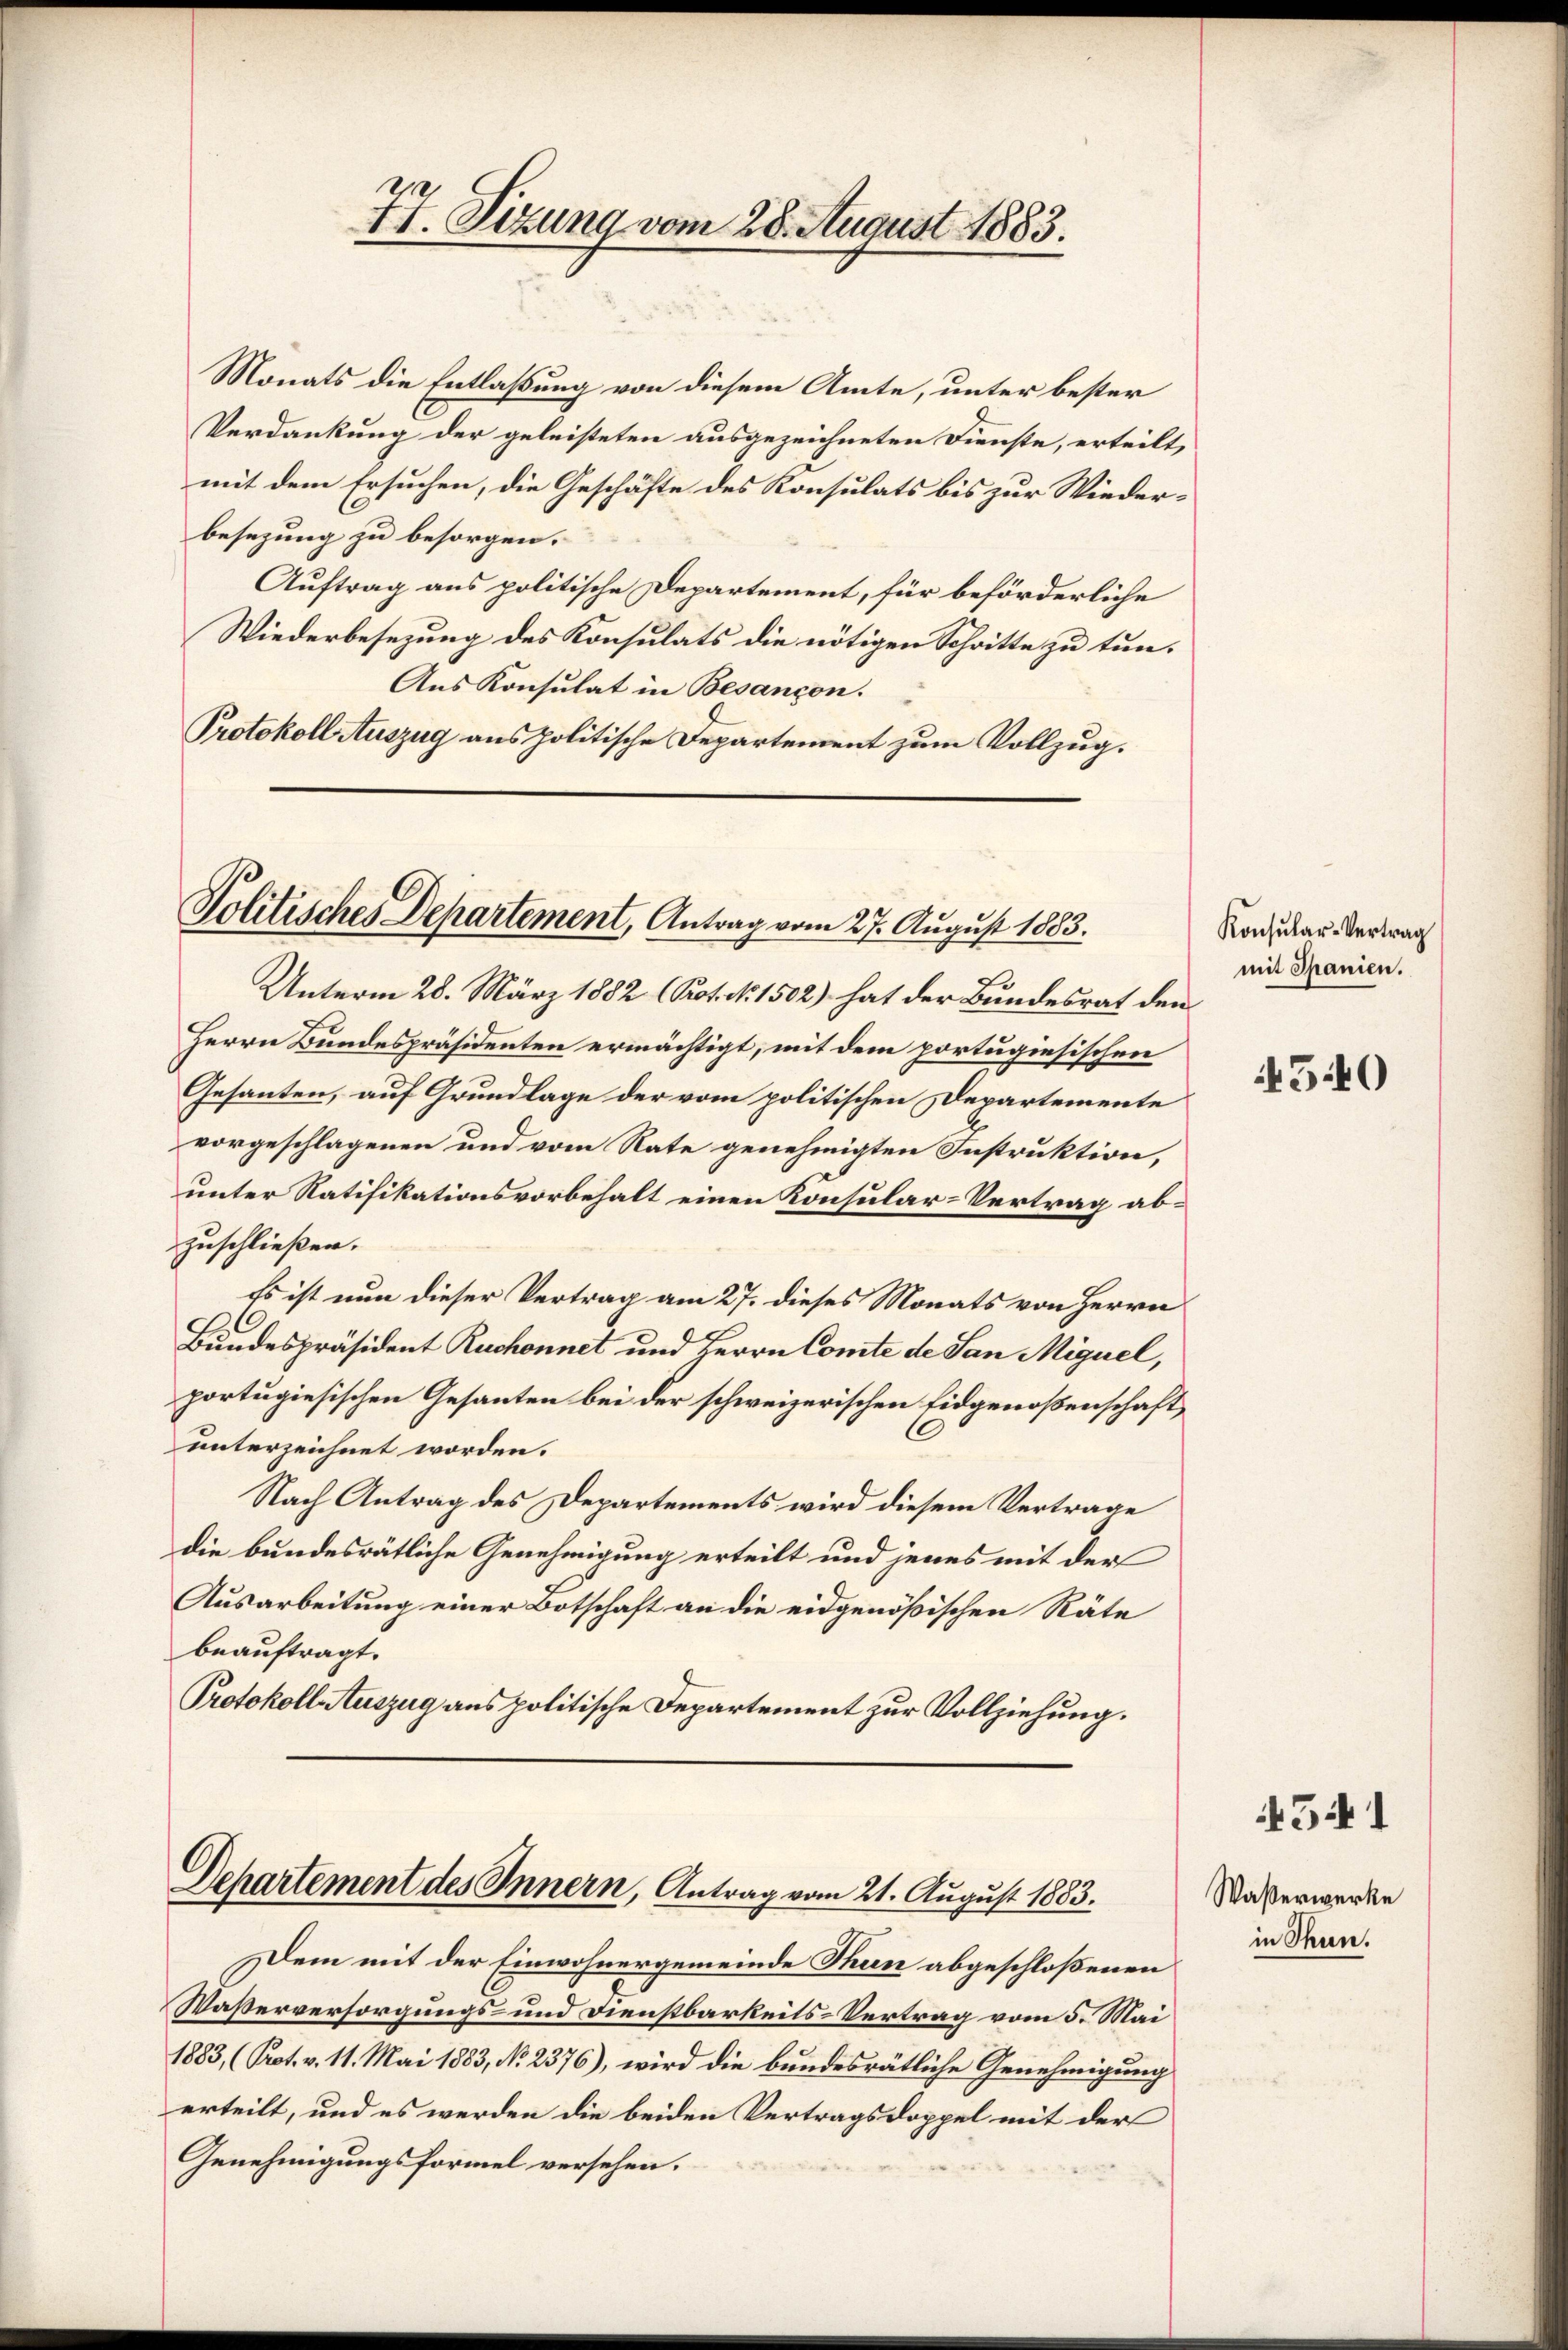
II. Sizung vom 28. August 1883.

Monats die Entlaßung von diesem Amte, unter bester
Verdankung der geleisteten ausgezeichneten Dienste, erteilt,
mit dem Ersuchen, die Geschäfte des Konsulats bis zur Wiederbesezung zu besorgen.
Auftrag aus politische Departement, für beförderliche
Wiederbesezung des Konsulats die nötigen Schritte zu tun¬
Aus Konsulat in Besançon.
Protokoll Auszug aus politische Departement zum Vollzug.

Politisches Departement, Antrag vom 27. August 1883.

Unterm 28. März 1882 (Kot. No. 1502) hat der Bundesrat den
Herrn Bundespräsidenten ermächtigt, mit dem portugiesischen
Gesanten, auf Grundlage der vom politischen Departemente
vorgeschlagenen und vom Rate genehmigten Instruktion,
unter Ratifikationsvorbehalt einen Konsular-Vertrag abzuschließen.
Es ist nun dieser Vertrag am 27. dieses Monats von Herrn
Bundespräsident Ruchonnet und Herrn Comte de San Miguel,
portugiesischen Gesanten bei der schweizerischen Eidgenoßenschaft,
unterzeichnet worden.
Nach Antrag des Departements wird diesem Vertrage
die bundesrätliche Genehmigung erteilt und jenes mit der
Ausarbeitung einer Botschaft an die eidgenößischen Räte
beauftragt.
Protokoll Auszug aus politische Departement zur Vollziehung.

Departement des Innern, Antrag vom 21. August 1883.

Dem mit der Einwohnergemeinde Thun abgeschloßenen
Wasserversorgungs- und Dienstbarkeits-Vertrag vom 5. Mai
1883, (Prot. v. 11. Mai 1883, No. 2376), wird die bundesrätliche Genehmigung
erteilt, und es werden die beiden Vertragsdoppel mit der
Genehmigungsformel versehen.

Konsular-Vertrag
mit Spanien.

Waßerwerke
in Thun.

540

541